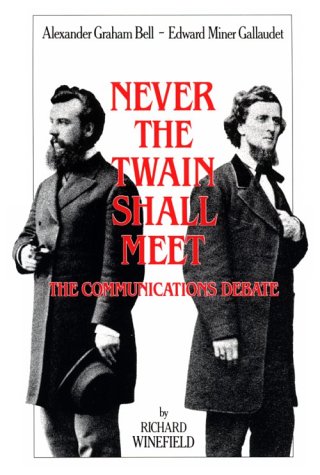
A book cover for Never the Twain Shall Meet: Bell, Gallaudet, and the Communications Debate; Richard Winefield; Reference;